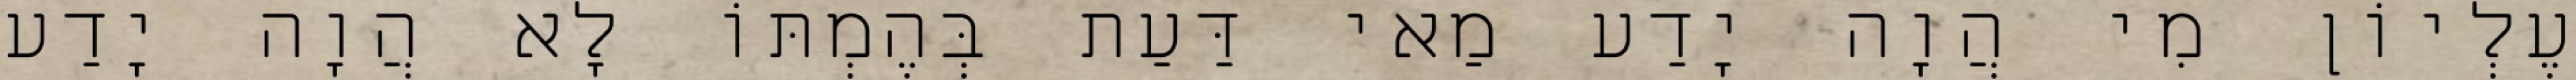
עֶלְיוֹן מִי הֲוָה יָדַע מַאי דַּעַת בְּהֶמְתּוֹ לָא הֲוָה יָדַע